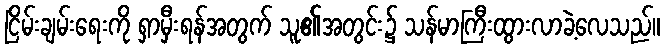
ငြိမ်းချမ်းရေးကို ရှာမှီးရန်အတွက် သူ၏အတွင်း၌ သန်မာကြီးထွားလာခဲ့လေသည်။